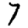
Digit: 7